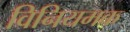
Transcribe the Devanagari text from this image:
विनियमक